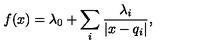
f ( x ) = \lambda _ { 0 } + \sum _ { i } { \frac { \lambda _ { i } } { | x - q _ { i } | } } ,